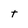
Character: t